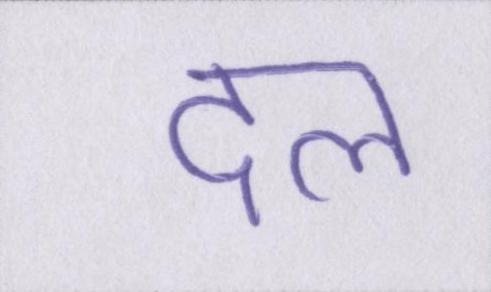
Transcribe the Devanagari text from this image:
दल